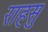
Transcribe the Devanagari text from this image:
राहसु